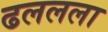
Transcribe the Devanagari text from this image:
ढललला